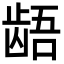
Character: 龉